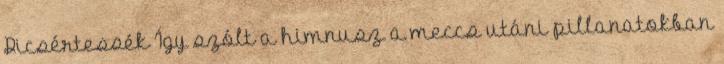
Dicsértessék Így szólt a himnusz a meccs utáni pillanatokban